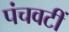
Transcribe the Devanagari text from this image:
पंचवटीं